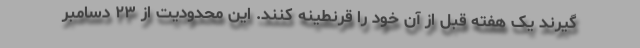
‌گیرند یک هفته قبل از آن خود را قرنطینه کنند. این محدودیت از ۲۳ دسامبر